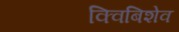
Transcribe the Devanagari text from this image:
क्विबिशेव